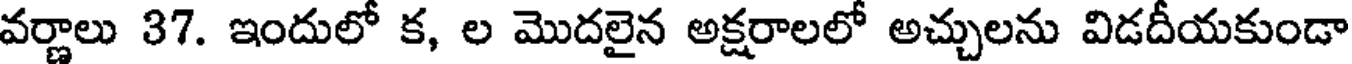
వర్ణాలు 37. ఇందులో క, ల మొదలైన అక్షరాలలో అచ్చులను విడదీయకుండా